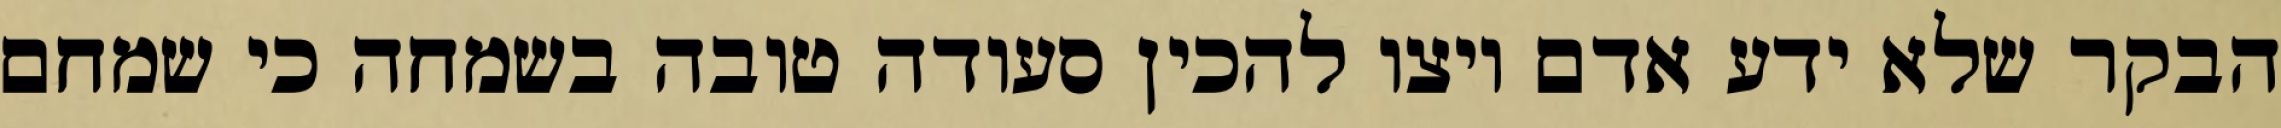
הבקר שלא ידע אדם ויצו להכין סעודה טובה בשמחה כי שמחם